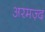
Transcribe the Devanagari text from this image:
अरमज़्द